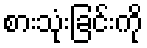
စားသုံးခြင်းကို